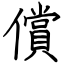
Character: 償